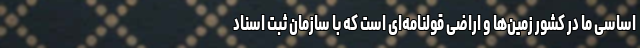
اساسی ما در کشور زمین‌ها و اراضی قولنامه‌ای است که با سازمان ثبت اسناد